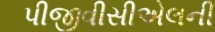
પીજીવીસીએલની